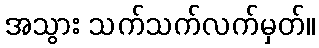
အသွား သက်သက်လက်မှတ်။